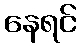
နေရင်